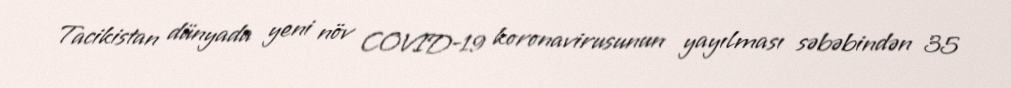
Tacikistan dünyada yeni növ COVID-19 koronavirusunun yayılması səbəbindən 35